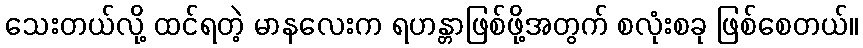
သေးတယ်လို့ ထင်ရတဲ့ မာနလေးက ရဟန္တာဖြစ်ဖို့အတွက် စလုံးစခု ဖြစ်စေတယ်။